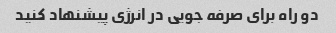
دو راه برای صرفه جویی در انرژی پیشنهاد کنید